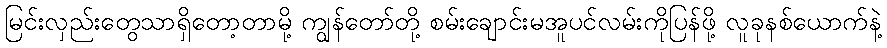
မြင်းလှည်းတွေသာရှိတော့တာမို့ ကျွန်တော်တို့ စမ်းချောင်းမအူပင်လမ်းကိုပြန်ဖို့ လူခုနစ်ယောက်နဲ့